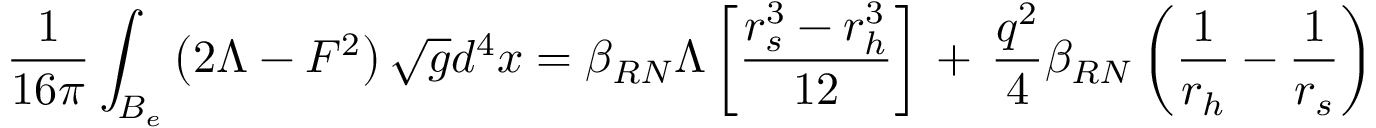
\frac { 1 } { 1 6 \pi } \int _ { B _ { e } } \left( 2 \Lambda - F ^ { 2 } \right) \sqrt { g } d ^ { 4 } x = \beta _ { R N } \Lambda \left[ \frac { r _ { s } ^ { 3 } - r _ { h } ^ { 3 } } { 1 2 } \right] \, + \, \frac { q ^ { 2 } } { 4 } \beta _ { R N } \left( \frac { 1 } { r _ { h } } - \frac { 1 } { r _ { s } } \right)